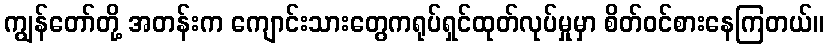
ကျွန်တော်တို့ အတန်းက ကျောင်းသားတွေကရုပ်ရှင်ထုတ်လုပ်မှုမှာ စိတ်ဝင်စားနေကြတယ်။